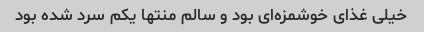
خیلی غذای خوشمزه‌ای بود و سالم منتها یکم سرد شده بود